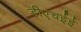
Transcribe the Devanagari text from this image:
डीएचईई